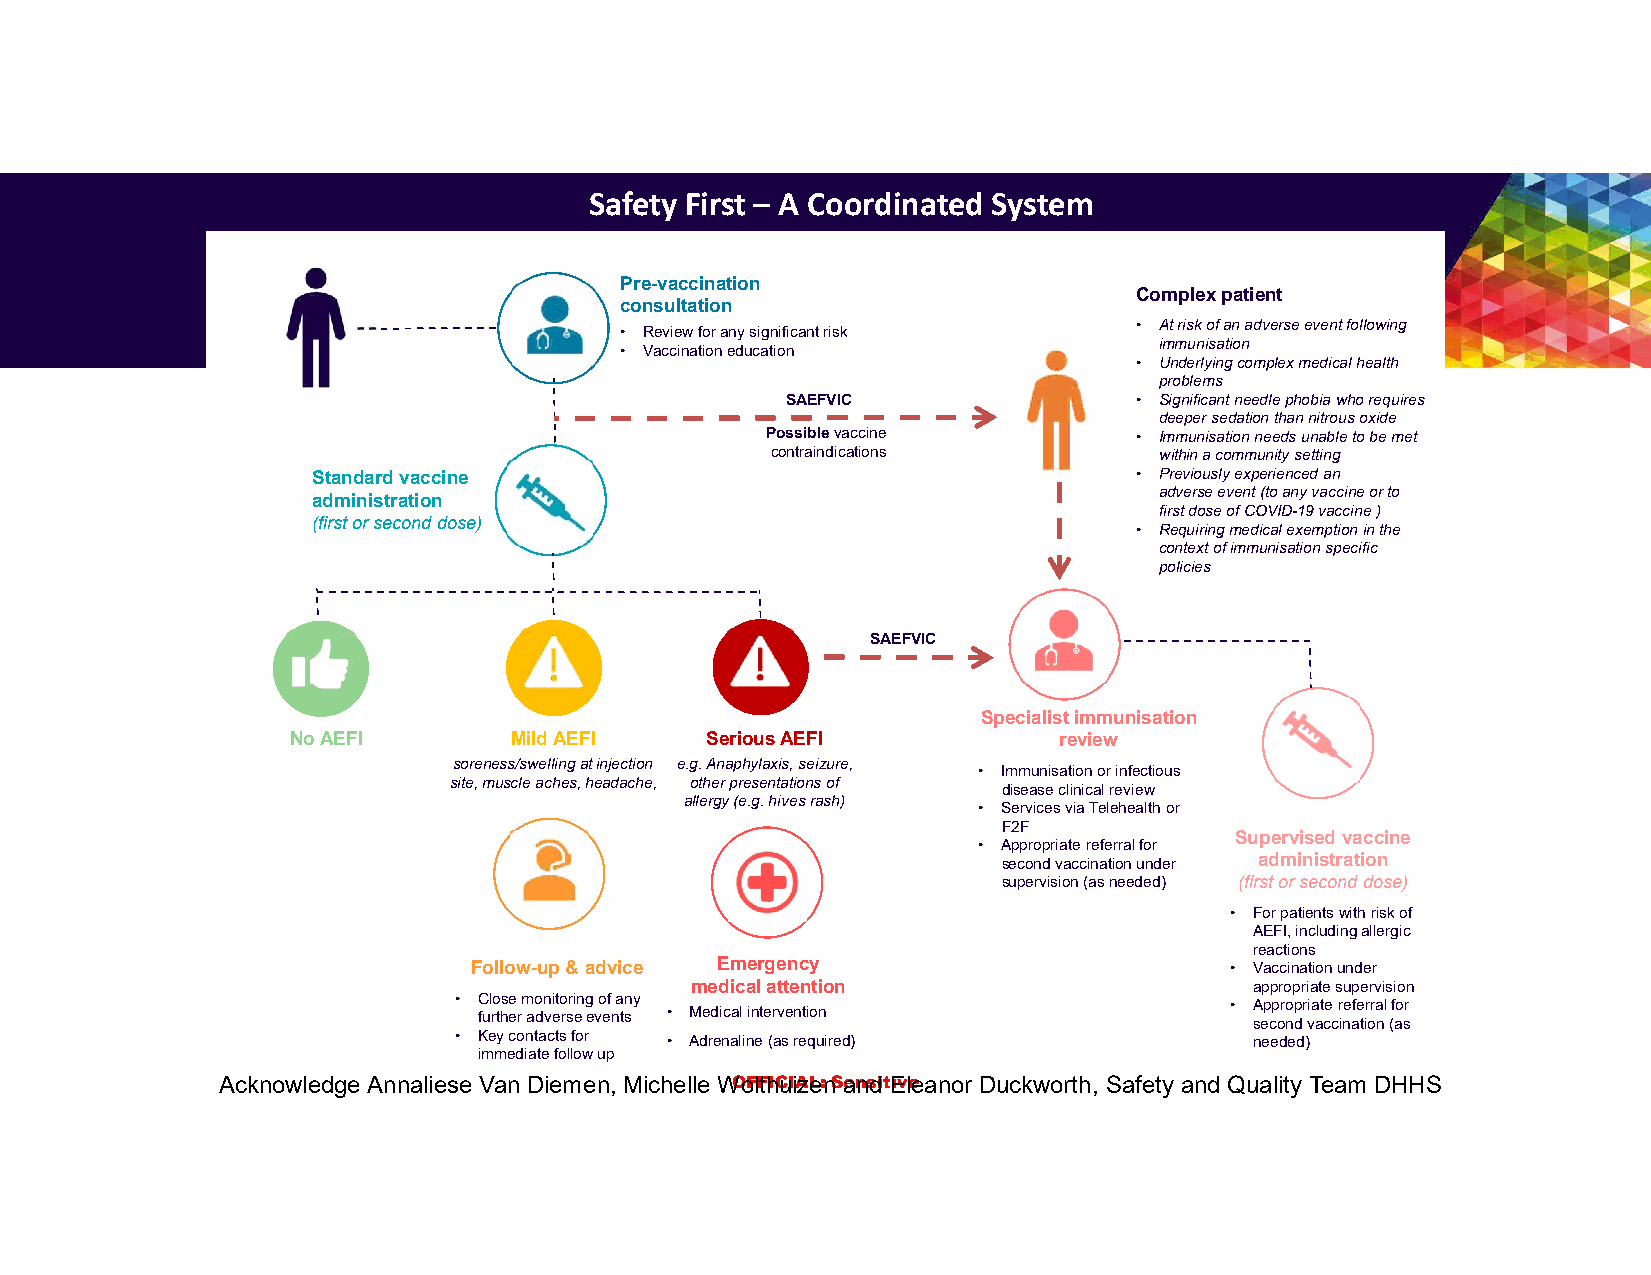
Safety First – A Coordinated System
 Pre-vaccination
 Complex patient
 consultation
 • At risk of an adverse event following
 • Review for any significant risk
 immunisation
 • Vaccination education
 • Underlying complex medical health
 problems
 SAEFVIC                • Significant needle phobia who requires
 deeper sedation than nitrous oxide
 Possiblevaccine         • Immunisation needs unable to be met
 contraindications         within a community setting
 Standard vaccine                                      • Previously experienced an
 adverseevent (to any vaccine or to
 administration
 first dose ofCOVID-19 vaccine)
 (first or second dose)
 • Requiring medical exemption in the
 context of immunisation specific
 policies
 SAEFVIC
 Specialist immunisation
 No AEFI        Mild AEFI    Serious AEFI           review
 soreness/swelling at injection e.g. Anaphylaxis, seizure,
 • Immunisation or infectious
 site, muscle aches, headache, other presentations of
 disease clinical review
 allergy (e.g. hives rash)
 • Servicesvia Telehealth or
 F2F
 Supervised vaccine
 • Appropriate referral for
 second vaccination under administration
 supervision (as needed) (first or second dose)
 • For patients with risk of
 AEFI, including allergic
 reactions
 Follow-up & advice Emergency                      • Vaccination under
 medical attention                    appropriate supervision
 • Close monitoring of any
 • Appropriate referral for
 further adverse events • Medical intervention
 second vaccination (as
 • Key contacts for • Adrenaline (as required)        needed)
 immediatefollow up
 Acknowledge Annaliese Van Diemen, Michelle WOoFlFthICuIiAzeL:n Saennsdi tEivleeanor Duckworth, Safety and Quality Team DHHS